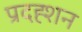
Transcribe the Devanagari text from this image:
प्रदह्शन